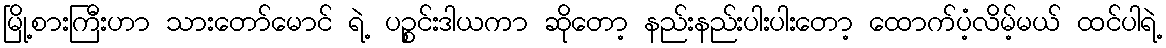
မြို့စားကြီးဟာ သားတော်မောင် ရဲ့ ပဉ္စင်းဒါယကာ ဆိုတော့ နည်းနည်းပါးပါးတော့ ထောက်ပံ့လိမ့်မယ် ထင်ပါရဲ့